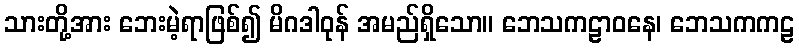
သားတို့အား ဘေးမဲ့ရာဖြစ်၍ မိဂဒါဝုန် အမည်ရှိသော။ ဘေသကဠာဝနေ၊ ဘေသကကဠ